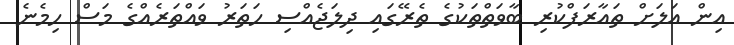
އިން އަލަށް ތައާރަފްކުރި ބާވަތްތަކުގެ ތެރޭގައި ދިލަޖެއްސި ހަތަރު ވައްތަރެއްގެ މަސް ހިމެނެ